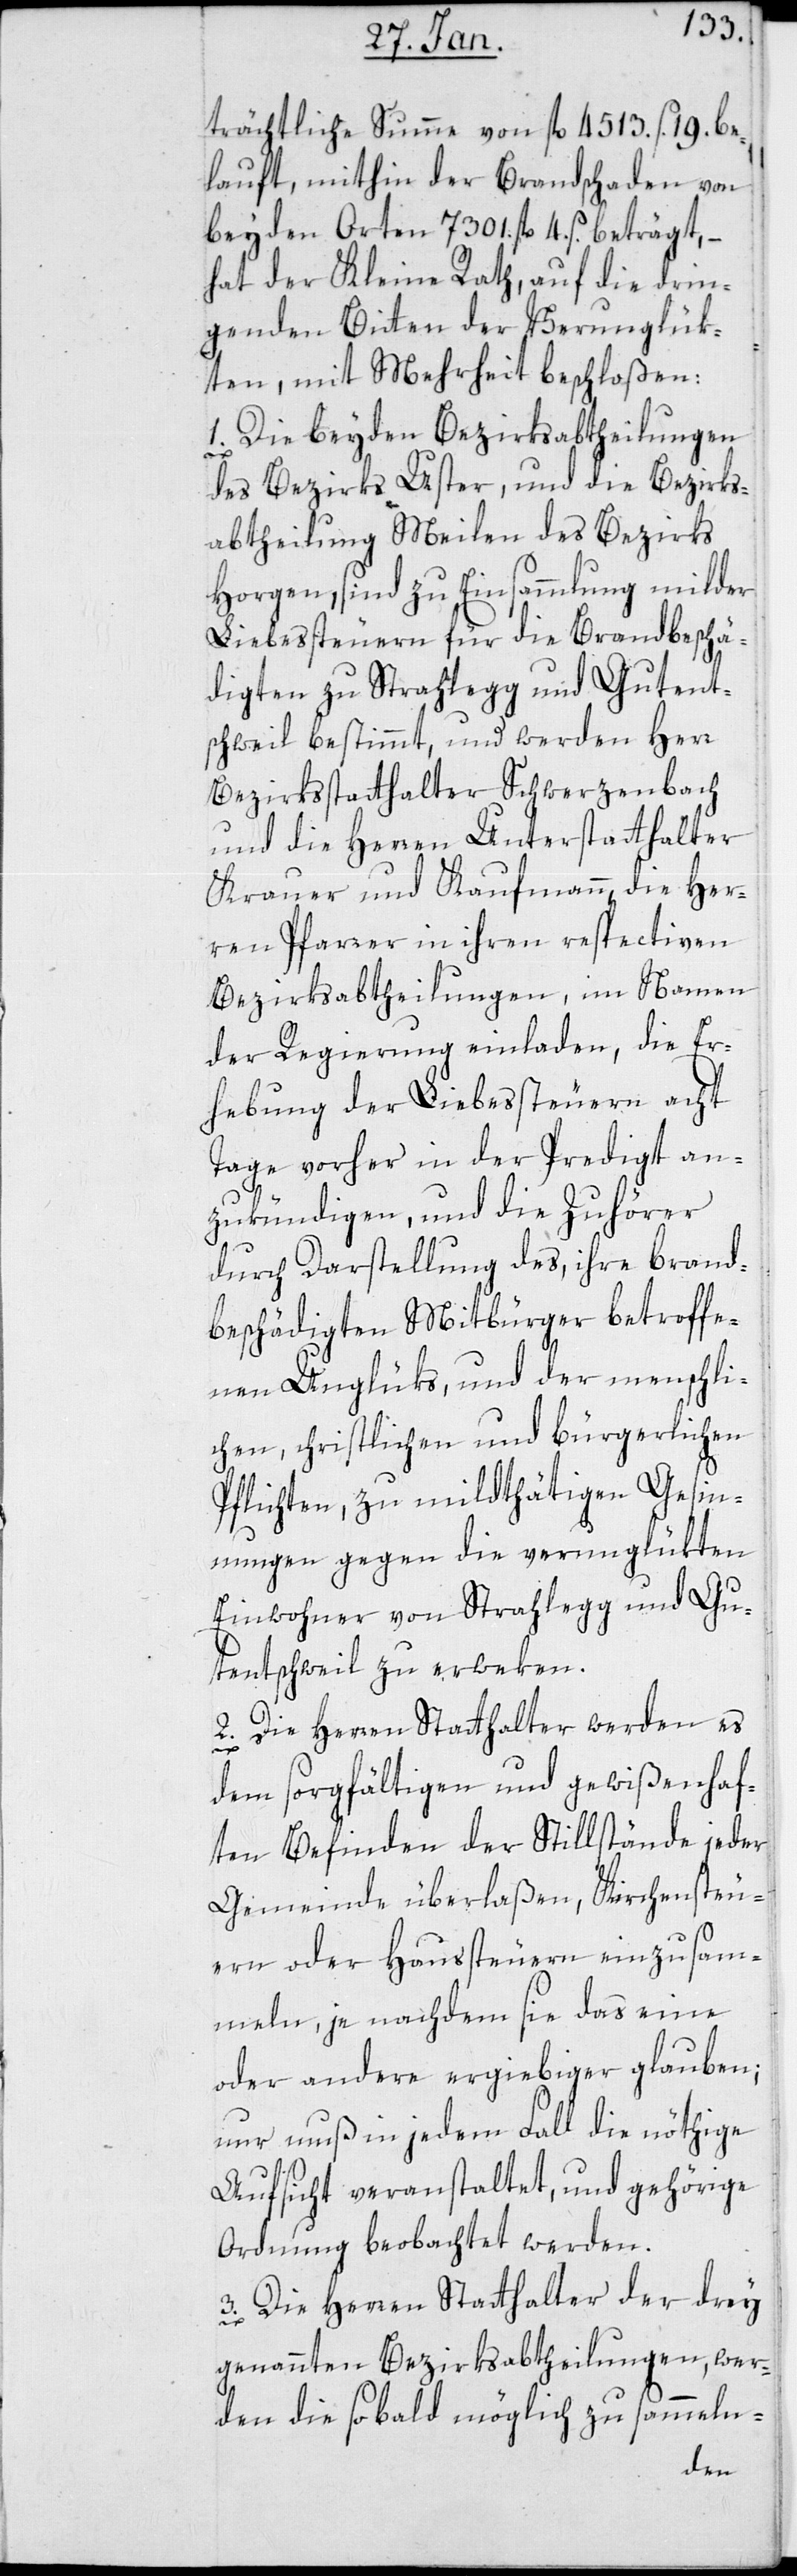
trächtliche Summe von fl. 4513 ß. 19. be¬
lauft, mithin der Brandschaden von
beiden Orten 7301. fl. 4. ß. beträgt, –
hat der Kleine Rath, auf die drin¬
genden Bitten der Verunglük¬
ten, mit Mehrheit beschloßen:
1. Die beyden Bezirksabtheilungen
des Bezirks Uster, und die Bezirks¬
abtheilung Meilen des Bezirks
Horgen, sind zu Einsammlung milder
Liebessteuern für die Brandbeschä¬
digten zu Strahlegg und Gutent¬
schweil bestimmt, und werden Herr
Bezirksstatthalter Schwerzenbach
und die Herren Unterstatthalter
Krauer und Kaufmann, die Her¬
ren Pfarrer in ihren respectiven
Bezirksabtheilungen, im Namen
der Regierung einladen, die Er¬
hebung der Liebesteuern acht
Tage vorher in der Predigt an¬
zukündigen, und die Zuhörer
durch Darstellung des, ihre brand¬
beschädigten Mitbürger betroffe¬
nen Unglüks, und der menschli¬
chen, christlichen und bürgerlichen
Pflichten, zu mildtätigen Gesin¬
nungen gegen die verunglükten
Einwohner von Strahlegg und Gu¬
tentschweil zu erweken.
2. Die Herren Statthalter werden es
dem sorgfältigen und gewißenhaf¬
ten Befinden der Stillstände jeder
Gemeinde überlaßen, Kirchensteu¬
ern oder Haußteuern einzusam¬
meln, je nachdem sie das eine
oder andere ergiebiger glauben;
nur muß in jedem Fall die nöthige
Aufsicht veranstaltet und gehörige
Ordnung beobachtet werden.
3. Die Herren Statthalter der drey
genannten Bezirksabtheilungen, wer¬
den die so bald möglich zu sammeln-